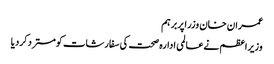
عمران خان وزراپربرہم
وزیراعظم نےعالمی ادارہ صحت کی سفارشات کومستردکردیا